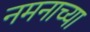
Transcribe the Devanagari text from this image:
नमनाच्या